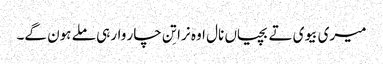
میری بیوی تے بچیاں نال اوہ نرا تِن چار وار ہی ملے ہون گے۔